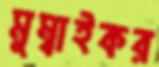
মুম্বাইকর